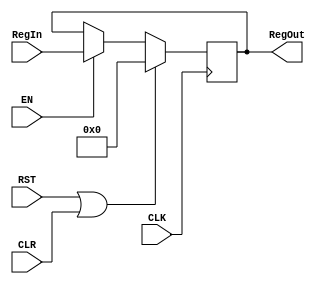
`timescale 1ns / 1ps

module Reg #(parameter WL = 32) (CLK, EN, CLR, RST, RegIn, RegOut);

input CLK, EN, CLR, RST;
input [WL-1:0] RegIn;
output reg [WL-1:0] RegOut;

initial RegOut <= 0;

always @(posedge CLK) begin
    if(RST || CLR) RegOut <= 0;
    else if(EN) RegOut <= RegIn;
    else RegOut <= RegOut;
    
end

endmodule